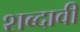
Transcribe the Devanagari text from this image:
शब्दावी